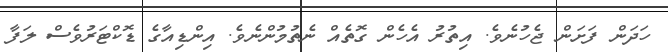
ހަދަން ފަށަން ޖެހުނެވެ. އިތުރު އެހެން ގޮތެއް ނެތުމުންނެވެ. އިންޑިއާގެ ޑޮކްޓަރުވެސް ލަފާ